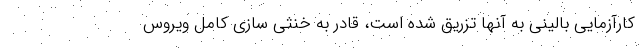
کارآزمایی بالینی به آنها تزریق شده است، قادر به خنثی سازی کامل ویروس